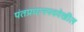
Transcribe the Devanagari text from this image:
पंतप्रधानपददेखील